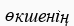
өкшенің